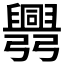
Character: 𢑅